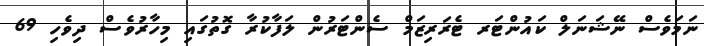
ނަމަވެސް ނޭޝަނަލް ކައުންޓަރ ޓެރަރިޒަމް ސެންޓަރުން ލަފާކުރާ ގޮތުގައި މިހާރުވެސް ދިވެހި 69